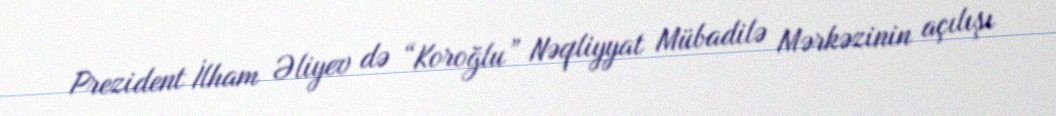
Prezident İlham Əliyev də “Koroğlu” Nəqliyyat Mübadilə Mərkəzinin açılışı